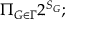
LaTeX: \Pi _ { G \in \Gamma } 2 ^ { S _ { G } } ;